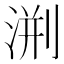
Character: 渆